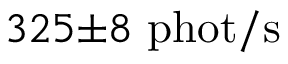
3 2 5 { \pm } 8 \ \mathrm { p h o t / s }